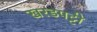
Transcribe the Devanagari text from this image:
खरडपट्टी